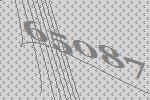
65087